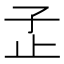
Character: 𰌠